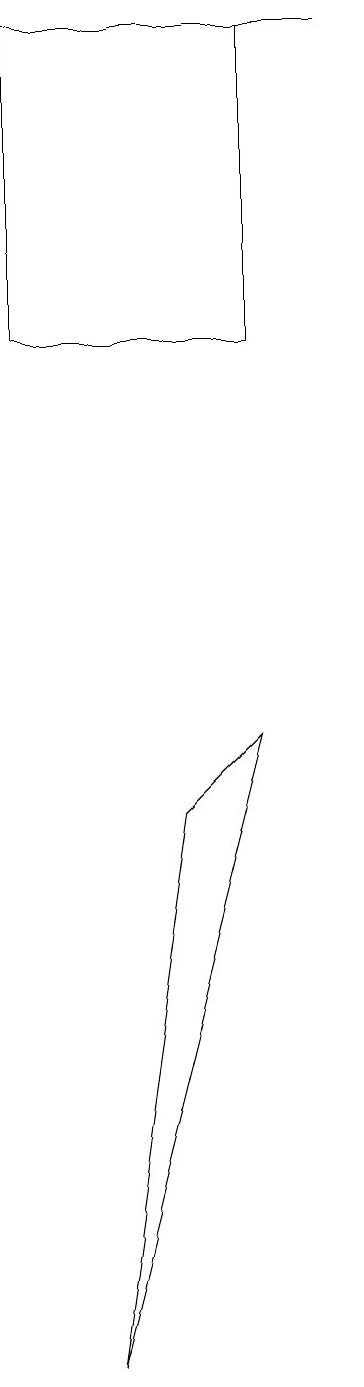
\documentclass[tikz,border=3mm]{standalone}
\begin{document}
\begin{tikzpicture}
\draw (5,8) -- (4,7) -- (3,0) -- cycle;
\draw (5,13) rectangle (2,17);
\draw (6,17) rectangle (2,17);
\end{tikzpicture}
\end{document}